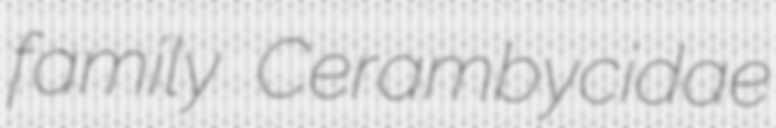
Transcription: family Cerambycidae